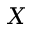
X